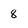
Character: 8